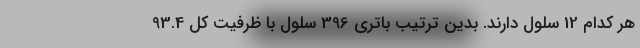
هر کدام 12 سلول دارند. بدین ترتیب باتری 396 سلول با ظرفیت کل 93.4